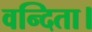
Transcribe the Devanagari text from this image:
वन्दिता।